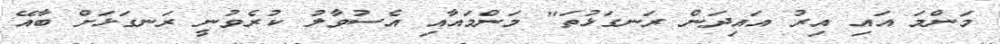
މަންމަ އައި އިރު އައިދަން ރަނގަޅުތަ" މަންމައާއި އެސުވާލު ކުރެވުނީ ރަނގަޅަށް ބާއޭ